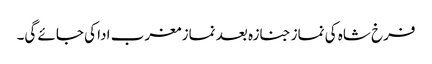
فرخ شاہ کی نماز جنازہ بعد نماز مغرب ادا کی جائے گی۔